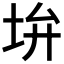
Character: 𡊯